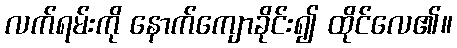
လက်ရမ်းကို နောက်ကျောခိုင်း၍ ထိုင်လေ၏။